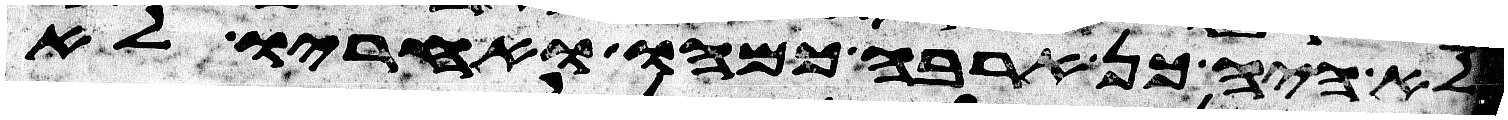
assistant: לא היה כן ארבה כמהו ואחריו לא